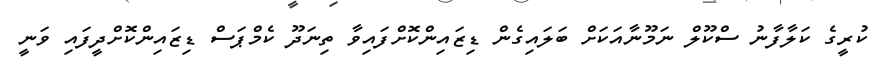
ކުރީގެ ކަލާފާނު ސްކޫލް ނަމޫނާއަކަށް ބަލައިގެން ޑިޒައިންކޮށްފައިވާ ތިނަދޫ ކެމްޕަސް ޑިޒައިންކޮށްދީފައި ވަނީ